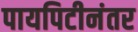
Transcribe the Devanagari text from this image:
पायपिटीनंतर